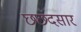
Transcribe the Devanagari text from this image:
छछंदसार